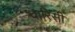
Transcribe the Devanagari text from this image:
वारिसी